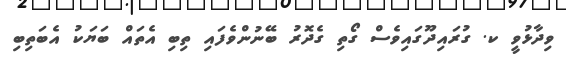
ވިދާޅުވީ ކ. ގުރައިދޫގައިވެސް ގޯތި ގެދޮރު ބޭނުންވެފައި ތިބި އެތައް ބަޔަކު އެބަތިބި